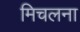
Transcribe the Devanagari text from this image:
मिचलना